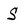
Character: S